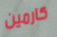
كارمين